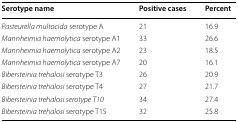
<table><thead><tr><td><b>Serotype name</b></td><td><b>Positive cases</b></td><td><b>Percent</b></td></tr></thead><tbody><tr><td><i>Pasteurella multocida</i> serotype A</td><td>21</td><td>16.9</td></tr><tr><td><i>Mannheimia haemolytica</i> serotype A1</td><td>33</td><td>26.6</td></tr><tr><td><i>Mannheimia haemolytica</i> serotype A2</td><td>23</td><td>18.5</td></tr><tr><td><i>Mannheimia haemolytica</i> serotype A7</td><td>20</td><td>16.1</td></tr><tr><td><i>Bibersteinia trehalosi</i> serotype T3</td><td>26</td><td>20.9</td></tr><tr><td><i>Bibersteinia trehalosi</i> serotype T4</td><td>27</td><td>21.7</td></tr><tr><td><i>Bibersteinia trehalosi serotype T10</i></td><td>34</td><td>27.4</td></tr><tr><td><i>Bibersteinia trehalosi</i> serotype T15</td><td>32</td><td>25.8</td></tr></tbody></table>